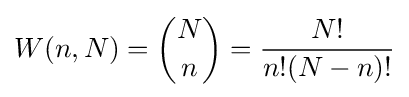
W(n,N)={N \choose n}={{N!} \over {n!(N-n)!}}